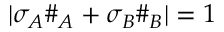
| \sigma _ { A } \# _ { A } + \sigma _ { B } \# _ { B } | = 1